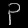
Digit: ၃